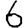
Digit: 6